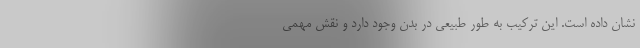
نشان داده است. این ترکیب به طور طبیعی در بدن وجود دارد و نقش مهمی